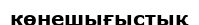
көнешығыстық